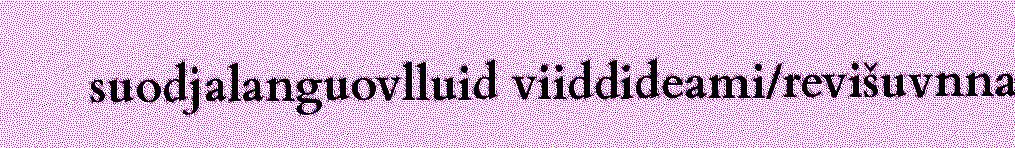
suodjalanguovlluid viiddideami/revišuvnna